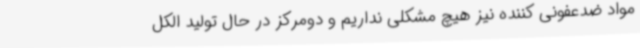
مواد ضدعفونی کننده نیز هیچ مشکلی نداریم و دومرکز در حال تولید الکل